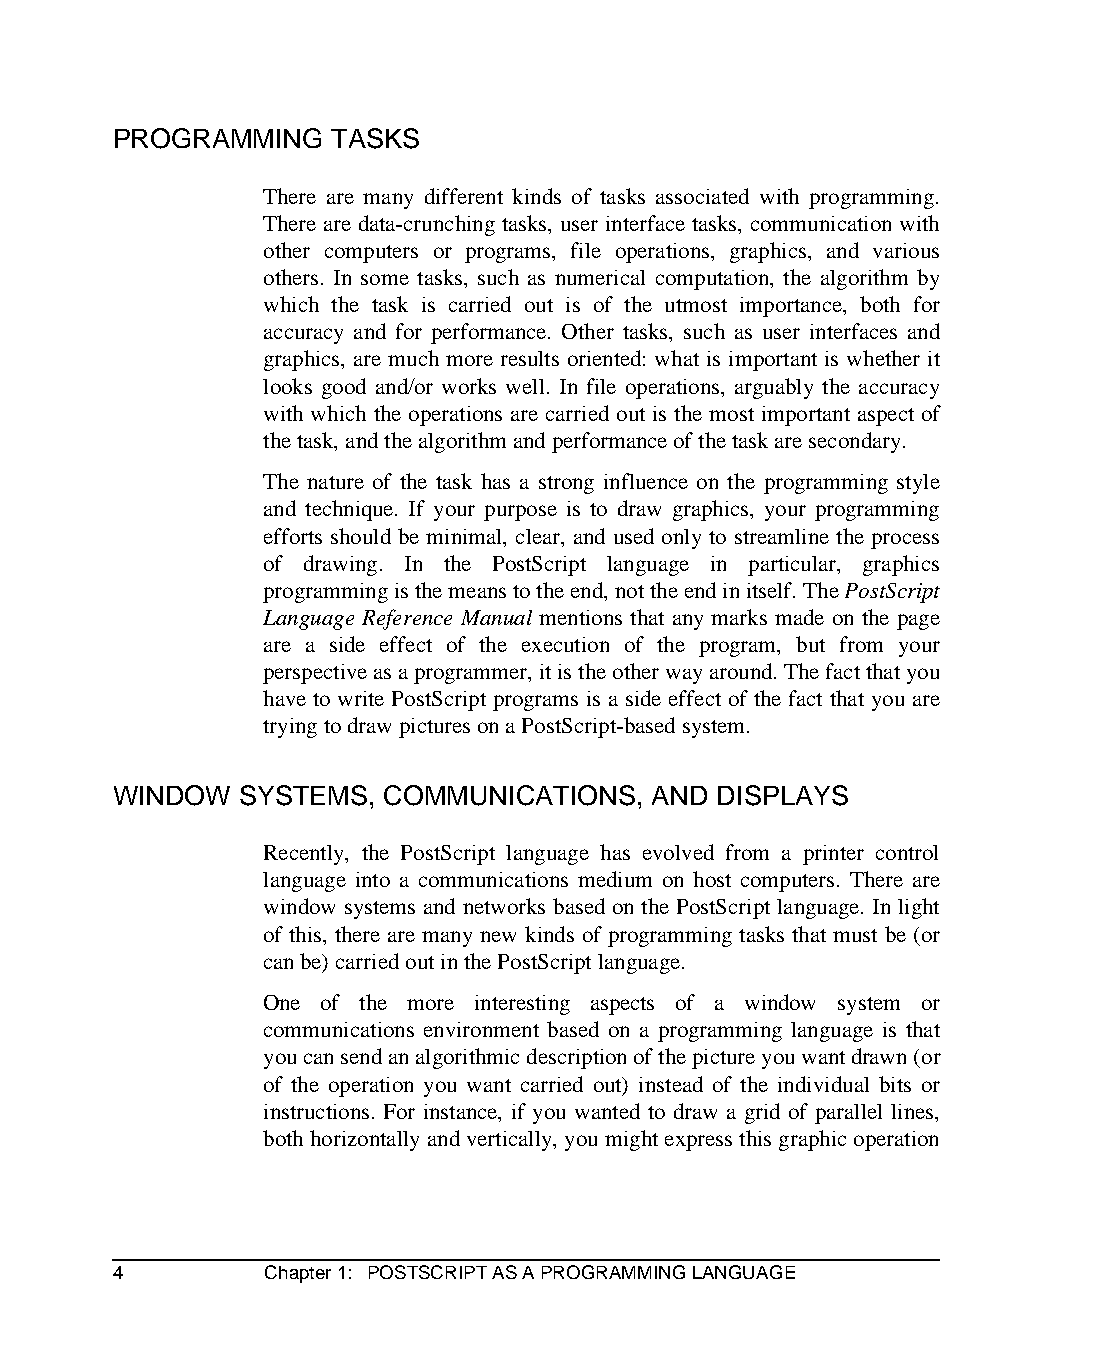
PROGRAMMING    TASKS
 There are many different kinds of tasks associated with programming.
 There are data-crunching tasks, user interface tasks, communication with
 other computers or programs, file operations, graphics, and various
 others. In some tasks, such as numerical computation, the algorithm by
 which the task is carried out is of the utmost importance, both for
 accuracy and for performance. Other tasks, such as user interfaces and
 graphics, are much more results oriented: what is important is whether it
 looks good and/or works well. In file operations, arguably the accuracy
 with which the operations are carried out is the most important aspect of
 the task, and the algorithm and performance of the task are secondary.
 The nature of the task has a strong influence on the programming style
 and technique. If your purpose is to draw graphics, your programming
 efforts should be minimal, clear, and used only to streamline the process
 of drawing. In the PostScript language in particular, graphics
 programming is the means to the end, not the end in itself. The PostScript
 Language Reference Manual mentions that any marks made on the page
 are a side effect of the execution of the program, but from your
 perspective as a programmer, it is the other way around. The fact that you
 have to write PostScript programs is a side effect of the fact that you are
 trying to draw pictures on a PostScript-based system.
 WINDOW   SYSTEMS, COMMUNICATIONS,   AND DISPLAYS
 Recently, the PostScript language has evolved from a printer control
 language into a communications medium on host computers. There are
 window systems and networks based on the PostScript language. In light
 of this, there are many new kinds of programming tasks that must be (or
 can be) carried out in the PostScript language.
 One of the more interesting aspects of a window system or
 communications environment based on a programming language is that
 you can send an algorithmic description of the picture you want drawn (or
 of the operation you want carried out) instead of the individual bits or
 instructions. For instance, if you wanted to draw a grid of parallel lines,
 both horizontally and vertically, you might express this graphic operation
 4         Chapter 1: POSTSCRIPT AS A PROGRAMMING LANGUAGE